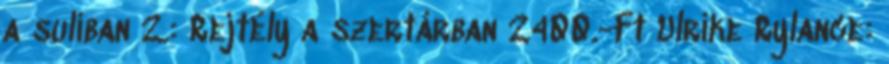
a suliban 2.: Rejtély a szertárban 2400.-Ft Ulrike Rylance: